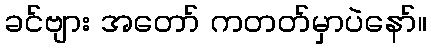
ခင်ဗျား အတော် ကတတ်မှာပဲနော်။